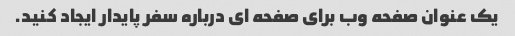
یک عنوان صفحه وب برای صفحه ای درباره سفر پایدار ایجاد کنید.